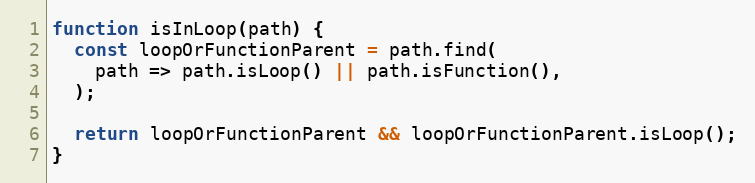
Language: JavaScript
function isInLoop(path) {
  const loopOrFunctionParent = path.find(
    path => path.isLoop() || path.isFunction(),
  );

  return loopOrFunctionParent && loopOrFunctionParent.isLoop();
}